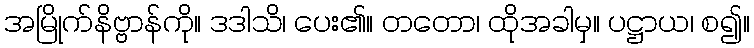
အမြိုက်နိဗ္ဗာန်ကို။ ဒဒါသိ၊ ပေး၏။ တတော၊ ထိုအခါမှ။ ပဋ္ဌာယ၊ စ၍။